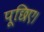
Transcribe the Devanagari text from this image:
पूछिए।